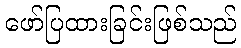
ဖော်ပြထားခြင်းဖြစ်သည်